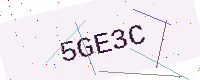
Text: 5GE3C